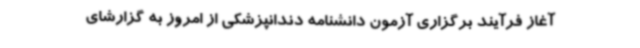
آغاز فرآیند برگزاری آزمون دانشنامه دندانپزشکی از امروز به گزارشای